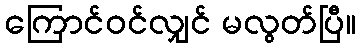
ကြောင်ဝင်လျှင် မလွတ်ပြီ။